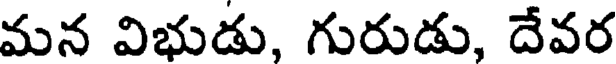
మన విభుడు, గురుడు, దేవర